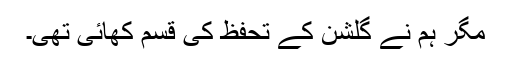
مگر ہم نے گلشن کے تحفظ کی قسم کھائی تھی۔